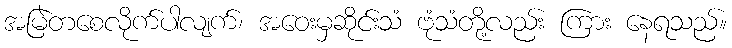
အမြဲတစေလိုက်ပါလျက်၊ အဝေးမှဆိုင်းသံ ဗုံသံတို့လည်း ကြား နေရသည်။